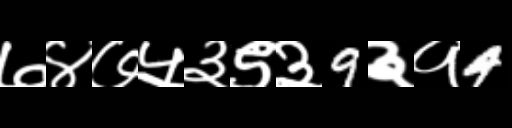
Text: ७४७५३९३9३१4